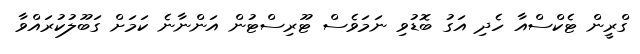
ގްރީން ޓެކްސްއާ ހެދި އަގު ބޮޑުވި ނަމަވެސް ޓޫރިސްޓުން އަންނާނެ ކަމަށް ގަބޫލުކުރައްވާ